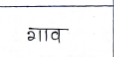
मजकूर: गाव